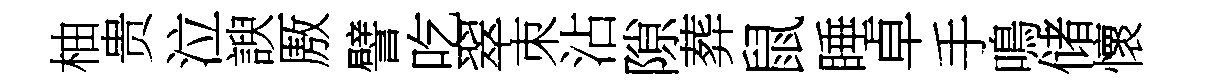
柚贵泣諛厫譬吃翠朿沾隙葬鼠睡卓手鳴储懷